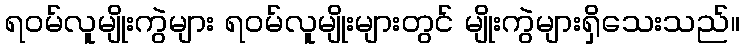
ရဝမ်လူမျိုးကွဲများ ရဝမ်လူမျိုးများတွင် မျိုးကွဲများရှိသေးသည်။